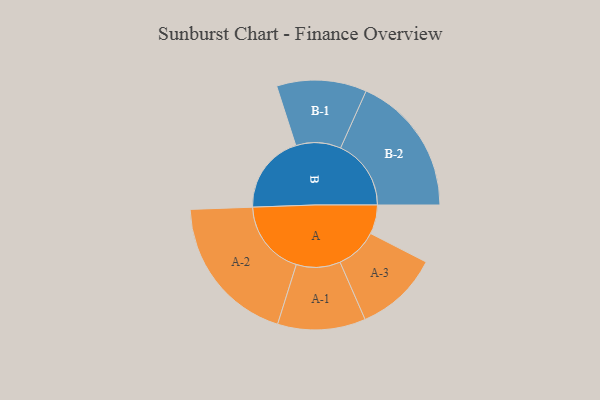
{"axis": {"x": "Segment", "y": "Value"}, "legend": ["", "A", "B"], "data": [{"x": "A", "y": 115, "type": ""}, {"x": "B", "y": 314, "type": ""}, {"x": "A-1", "y": 174, "type": "A"}, {"x": "A-2", "y": 299, "type": "A"}, {"x": "A-3", "y": 166, "type": "A"}, {"x": "B-1", "y": 178, "type": "B"}, {"x": "B-2", "y": 279, "type": "B"}]}